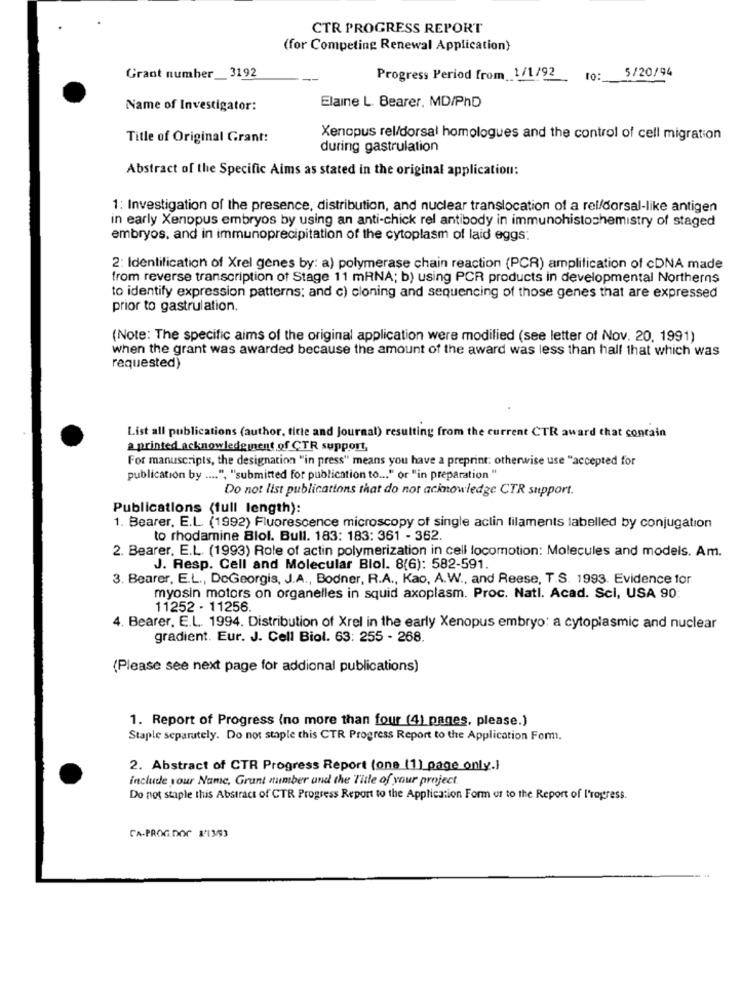
CTR PROGRESS REPORT
(for Competing Renewal Application)
Grant number _3192
: 5/20/94
Progress Period from 1/1/92
to:
Name of Investigator:
Elaine L. Bearer, MD/PhD
Title of Original Grant:
Xenopus rel/dorsal homologues and the control of cell migration
during gastrulation
Abstract of the Specific Aims as stated in the original application:
1: Investigation of the presence, distribution, and nuclear translocation of a rel/dorsal-like antigen
in early Xenopus embryos by using an anti-chick rel antibody in immunohistochemistry of staged
embryos, and in immunoprecipitation of the cytoplasm of laid eggs:
2: Identification of Xrel genes by: a) polymerase chain reaction (PCR) amplification of cDNA made
from reverse transcription of Stage 11 mRNA; b) using PCR products in developmental Northerns
to identify expression patterns: and c) cloning and sequencing of those genes that are expressed
prior to gastrulation.
(Note: The specific aims of the original application were modified (see letter of Nov. 20. 1991)
when the grant was awarded because the amount of the award was less than half that which was
requested)
List all publications (author, titte and Journal) resulting from the current CTR award that contain
a printed acknowledginent of CTR support,
For manuscripts, the designation "in press" means you have a preprint: otherwise use "accepted for
publication by .... ", "submitted for publication to ... " or "in preparation "
Do not list publications that do not acimnowledge CTR support.
Publications (full length):
1. Bearer, E.L. (1992) Fluorescence microscopy of single aclin lilaments labelled by conjugation
to rhodamine Blol. Bull. 183: 183: 361 - 362.
2. Bearer, E.L. (1993) Role of actin polymerization in cell locomotion: Molecules and models. Am.
J. Resp. Cell and Molecular Blol. 8(6): 582-591.
3. Bearer, E.L ., DoGeorgis, J.A ., Bodner, R.A ., Kao, A.W ., and Reese, T.S. 1993. Evidence for
myosin motors on organelles in squid axoplasm. Proc. Natl. Acad. Sci, USA 90
11252 - 11256.
4. Bearer, E.L. 1994. Distribution of Xrel in the early Xenopus embryo: a cytoplasmic and nuclear
gradient. Eur. J. Cell Biol. 63: 255 - 268.
(Please see next page for addional publications)
1. Report of Progress (no more than four (4) pages, please.)
Staple separately. Do not staple this CTR Progress Report to the Application Form.
2. Abstract of CTR Progress Report (one (1) page only.)
include your Name, Grunt number and the Title of your project.
Do not staple this Abstract of CTR Progress Report to the Application Form or to the Report of l'rogress.
CA-PROG.DOC 1'13/93